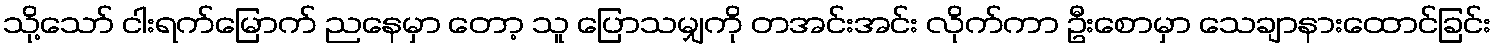
သို့သော် ငါးရက်မြောက် ညနေမှာ တော့ သူ ပြောသမျှကို တအင်းအင်း လိုက်ကာ ဦးစောမှာ သေချာနားထောင်ခြင်း